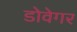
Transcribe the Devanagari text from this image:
डोवेगर